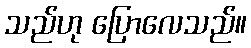
သည်ဟု ပြောလေသည်။